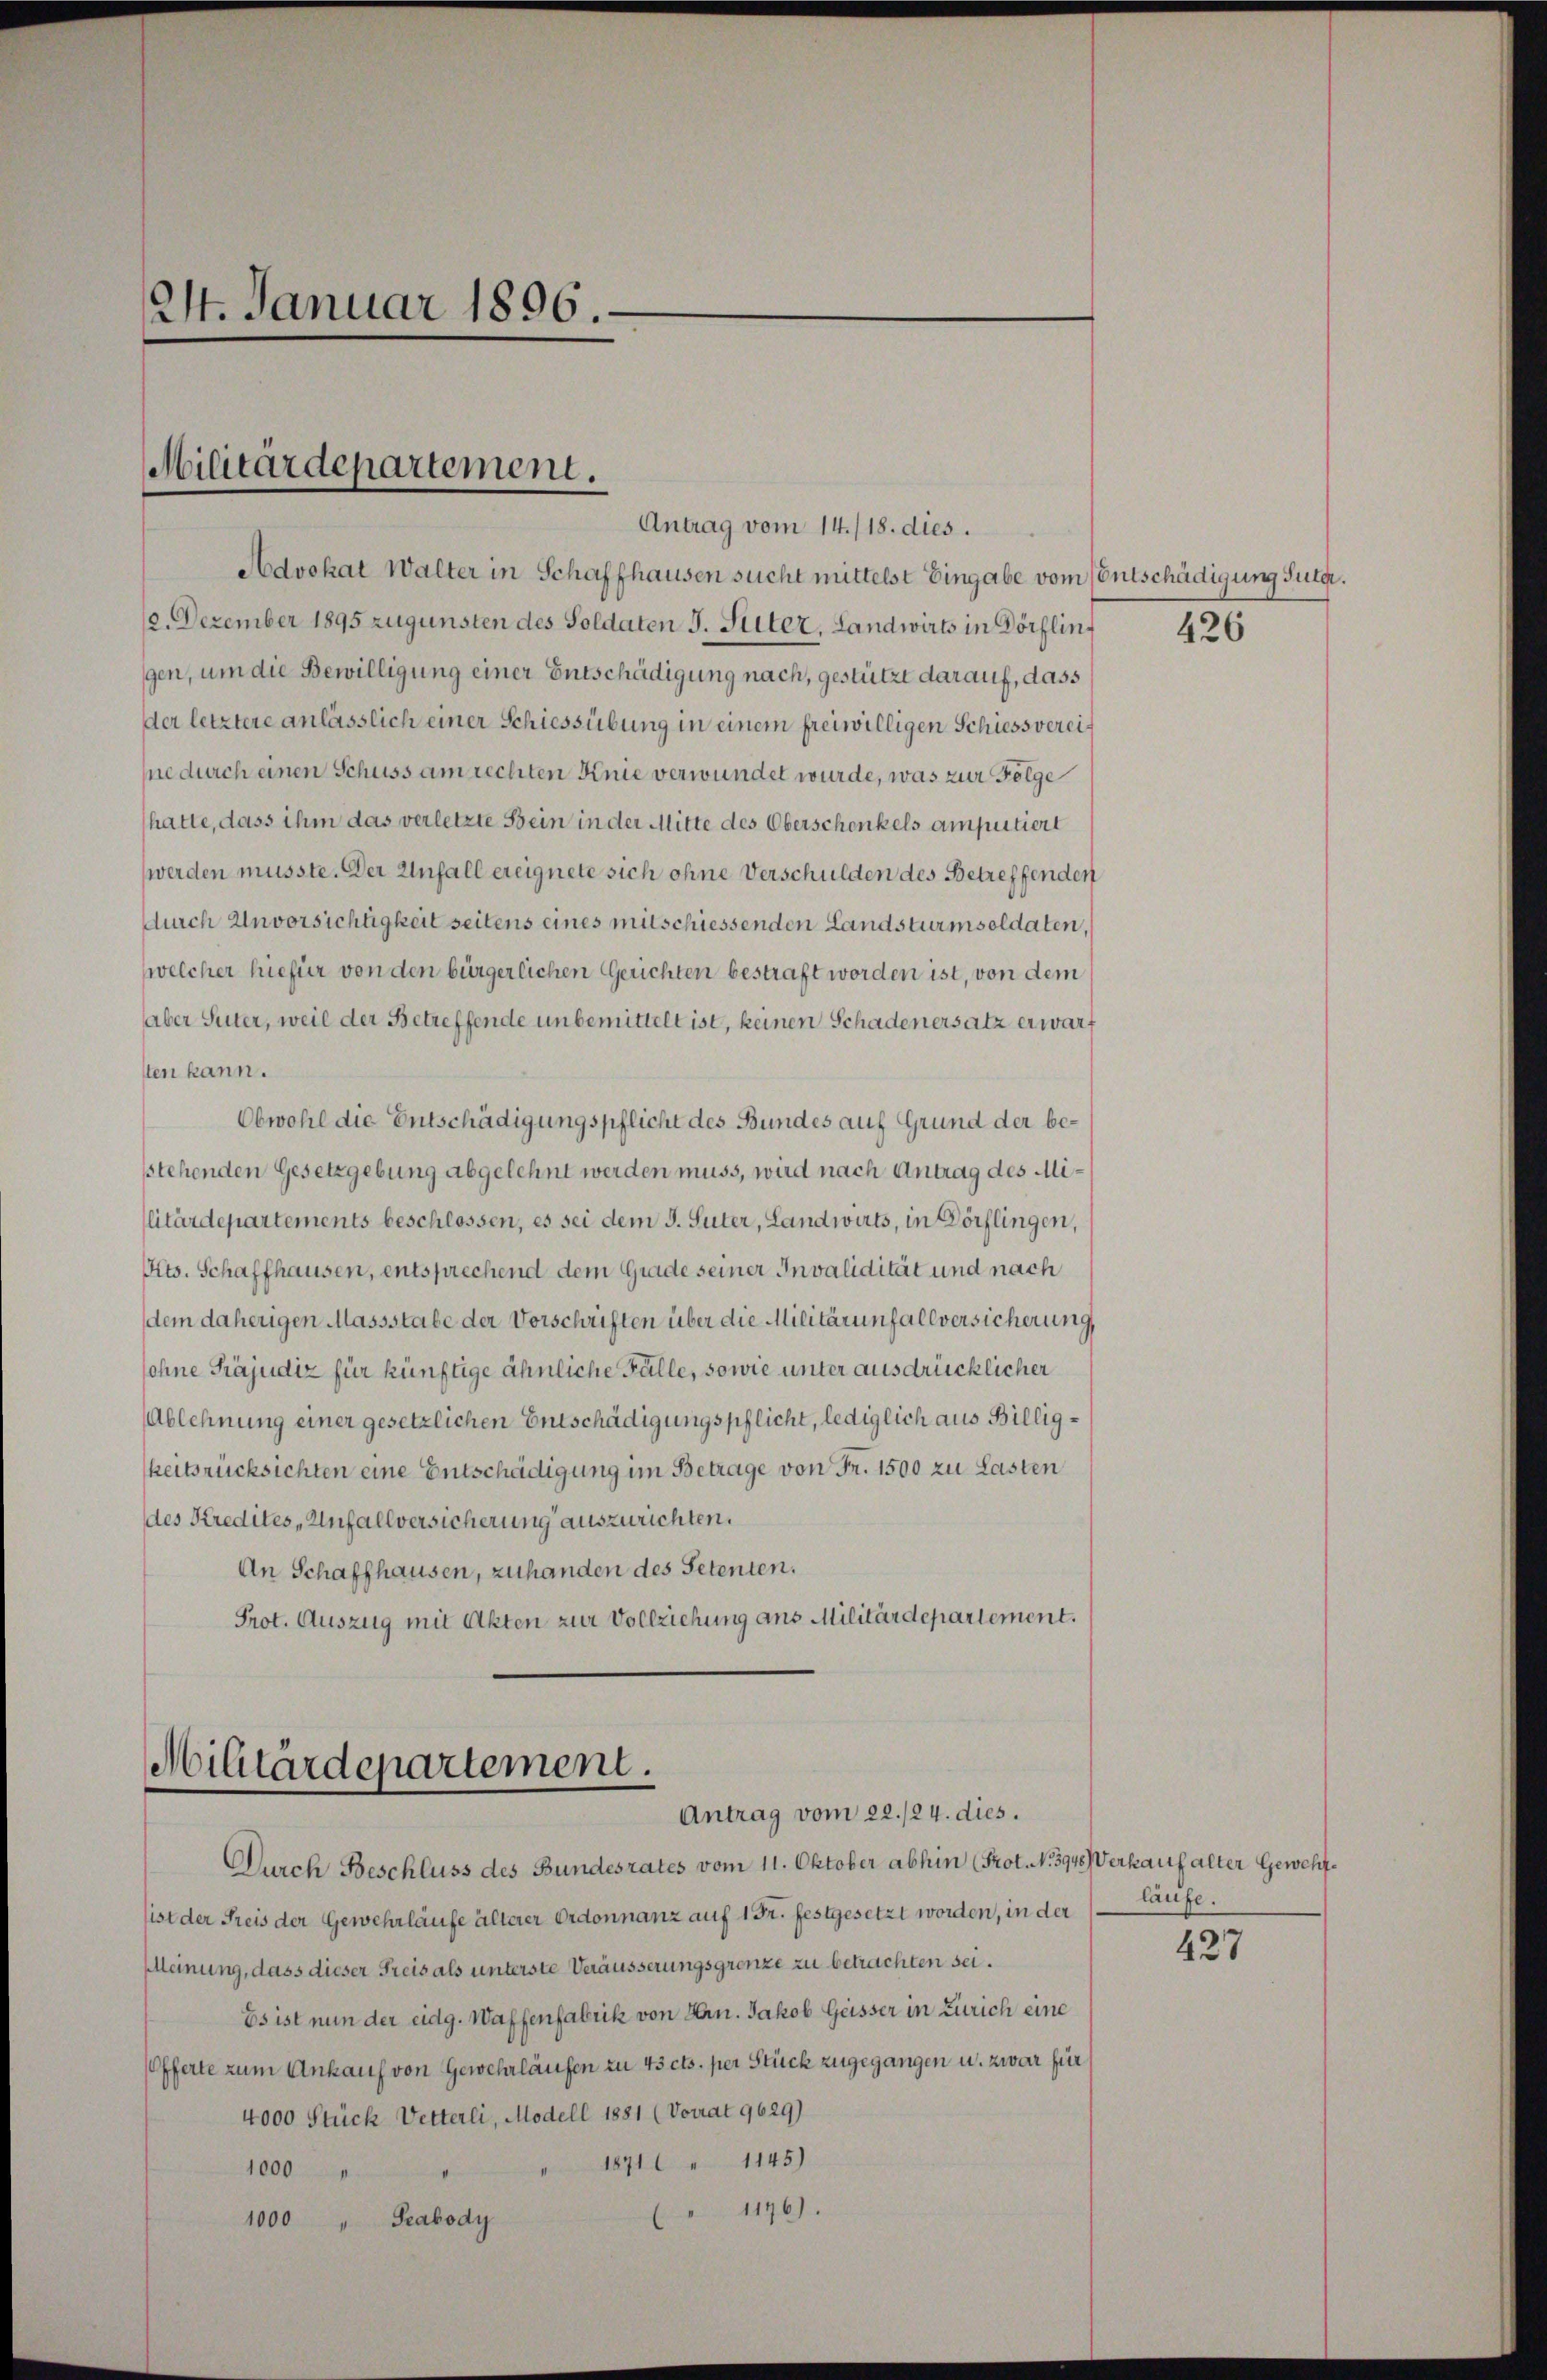
24. Januar 1896.

Militärdepartement.

Advokat Walter in Schaffhausen sucht mittelst Eingabe vom Entschädigung Juta.
0. Dezember 1895 zugunsten des Soldaten J. Suter, Landwirts in Dörflingen, um die Bewilligung einer Entschädigung nach, gestützt darauf, dass
der letztere anlässlich einer Schiessübung in einem freiwilligen Schiessvereine durch einen Schuss am rechten Knie verwundet wurde, was zur Folge
hatte, dass ihm das verletzte Bein in der Mitte des Oberschenkels amputiert
werden müsste. Der Unfall ereignete sich ohne Verschulden des Betreffenden
durch Unvorsichtigkeit seitens eines mitschiessenden Landsturmsoldaten,
welcher hiefür von den bürgerlichen Gerichten bestraft worden ist, von dem
aber Suter, weil der Betreffende unbemittelt ist, keinen Schadenersatz erwarten kann.
Obwohl die Entschädigungspflicht des Bundes auf Grund der besstehenden Gesetzgebung abgelehnt werden muss, wird nach Antrag des Militärdepartements beschlossen, es sei dem J. Suter, Landwirts, in Dörflingen,
Kts. Schaffhausen, entsprechend dem Grade seiner Invalidität und nach
dem daherigen Massstabe der Vorschriften über die Militärinfallversicherung,
sohne Präjudiz für künftige ähnliche Fälle, sowie unter ausdrücklicher
Ablehnung einer gesetzlichen Entschädigungspflicht, lediglich aus Billigkeitsrücksichten eine Entschädigung im Betrage von Fr. 1500 zu Lasten
des Kredites Unfallversicherung auszurichten.
An Schaffhausen, zuhanden des Petenten.
Prot. Auszug mit Akten zur Vollziehung ans Militärdepartement.

Antrag vom 14./18. dies.

Militärdepartement.
Antrag vom 22./24. dies.

Durch Beschluss des Bundesrates vom 11. Oktober abhin (Prot. N. 3948) Verkauf alter Gewehist der Freis der Gewehrlaufe älterer Ordonnanz auf 1 Fr. festgesetzt worden, in der
Meinung, dass dieser Freis als unterste Veräusserungsgrenze zu betrachten sei¬
Es ist nun der eidg. Waffenfabrik von Hrn. Jakob Geisser in Zürich eine
Offerte zum Ankauf von Gewehrläufen zu 43 cts. per Stück zugegangen u. zwar für
4000 Stück Vetterli, Modell 1881 (Vorrat 9629)
1871 " 1145)
1000
 1196).
Prabody
1000

426

laufe.

427